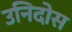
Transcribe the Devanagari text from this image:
उनिदोस